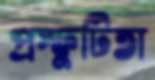
প্রস্ফুটিতা